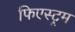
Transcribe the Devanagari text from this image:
फिएस्ट्रम